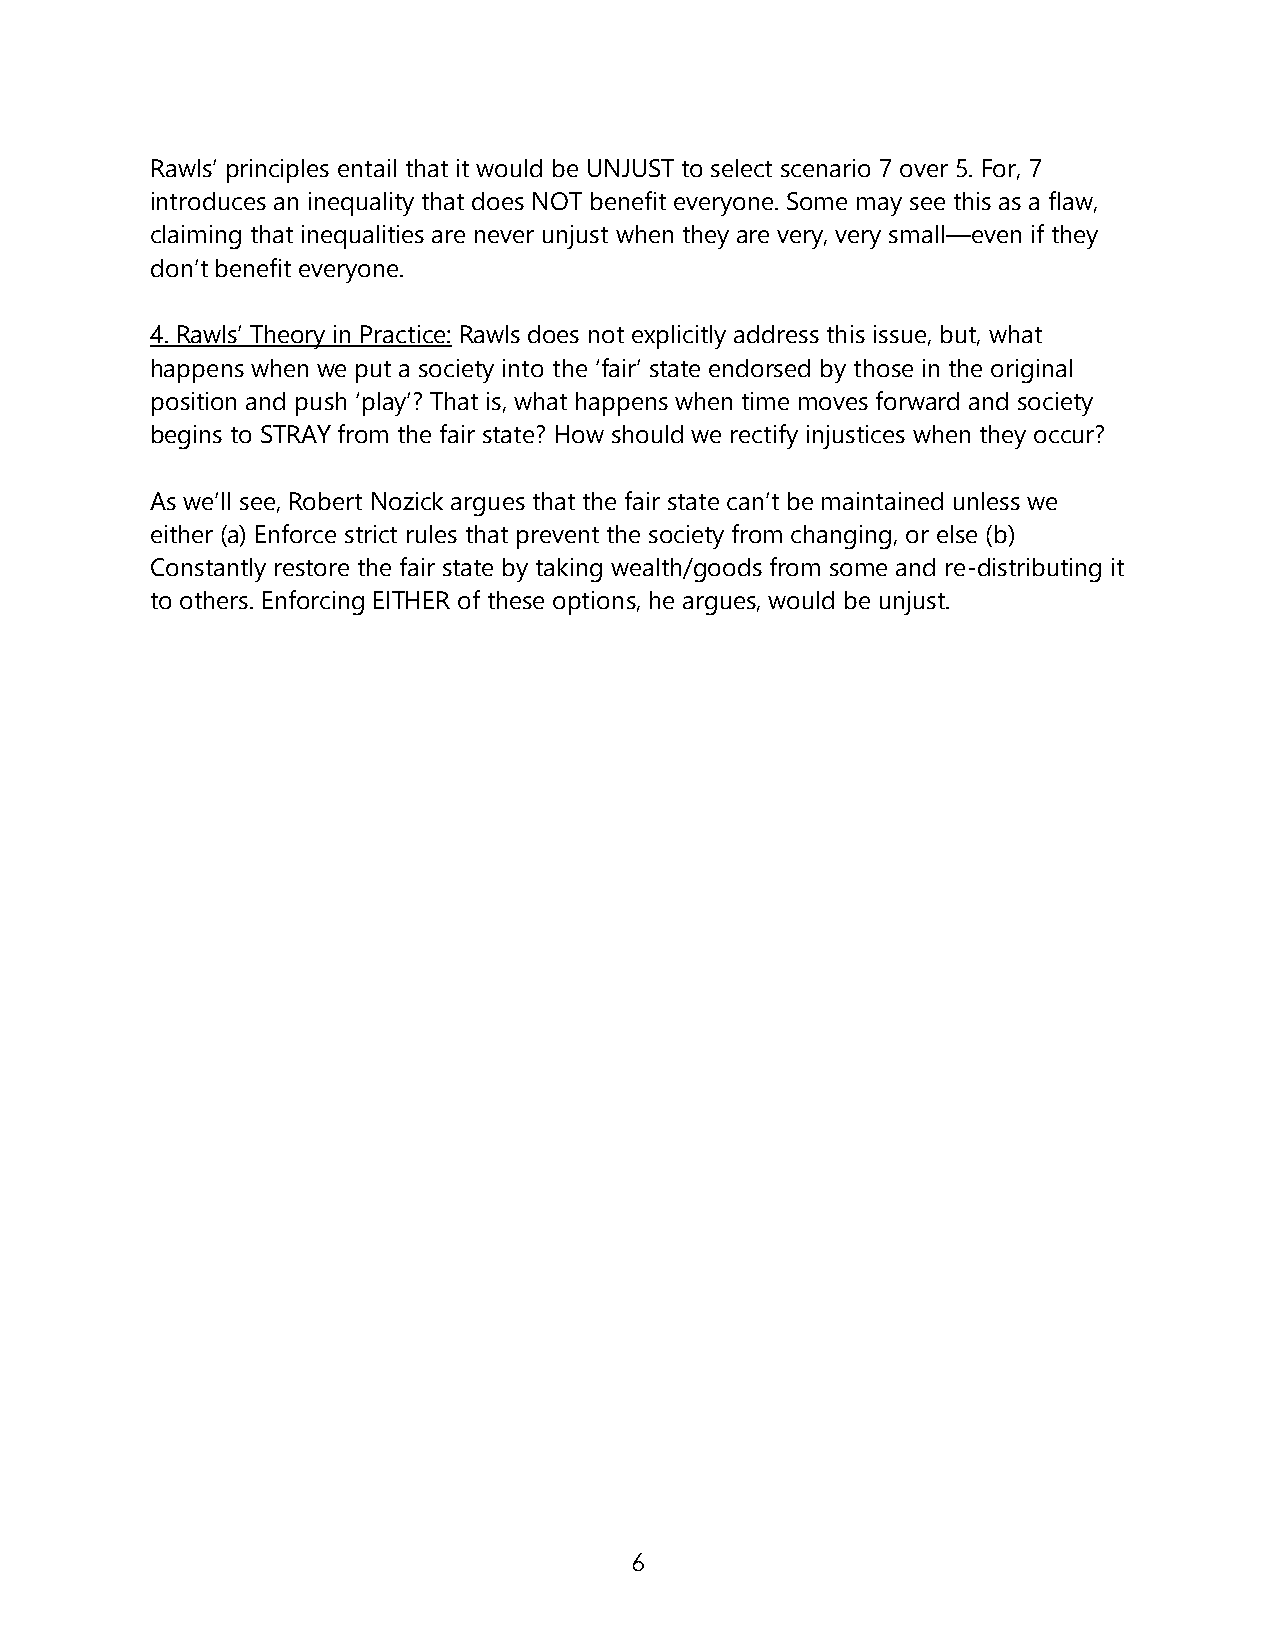
Rawls’ principles entail that it would be UNJUST to select scenario 7 over 5. For, 7
 introduces an inequality that does NOT benefit everyone. Some may see this as a flaw,
 claiming that inequalities are never unjust when they are very, very small—even if they
 don’t benefit everyone.
 4. Rawls’ Theory in Practice: Rawls does not explicitly address this issue, but, what
 happens when we put a society into the ‘fair’ state endorsed by those in the original
 position and push ‘play’? That is, what happens when time moves forward and society
 begins to STRAY from the fair state? How should we rectify injustices when they occur?
 As we’ll see, Robert Nozick argues that the fair state can’t be maintained unless we
 either (a) Enforce strict rules that prevent the society from changing, or else (b)
 Constantly restore the fair state by taking wealth/goods from some and re-distributing it
 to others. Enforcing EITHER of these options, he argues, would be unjust.
 6